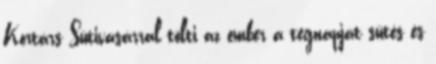
Kortárs Sütivásárral tölti az ember a tegnapját sütés és